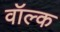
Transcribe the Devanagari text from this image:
वॉल्क